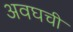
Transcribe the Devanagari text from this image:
अवघची